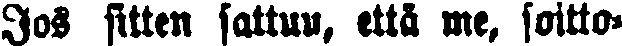
Jos sitten sattuu, että me, soitto-